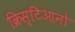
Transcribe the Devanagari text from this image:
क्रिस्टिआनो